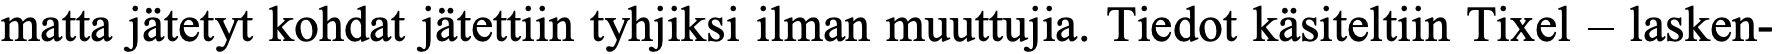
matta jätetyt kohdat jätettiin tyhjiksi ilman muuttujia. Tiedot käsiteltiin Tixel – lasken-